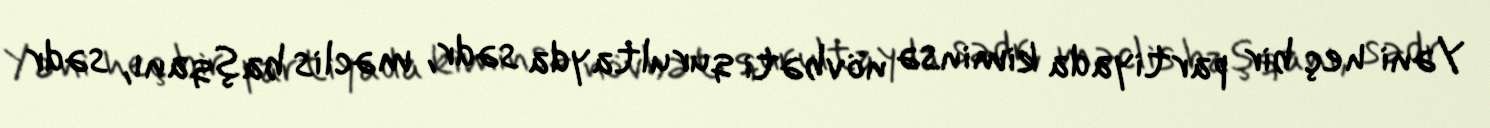
Yəni heç bir partiyada kiminsə növbəti qurultayda sədr, məclis başqanı, sədr